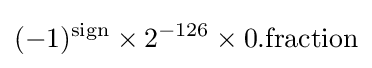
(-1)^{\text{sign}}\times 2^{-126}\times 0.{\text{fraction}}